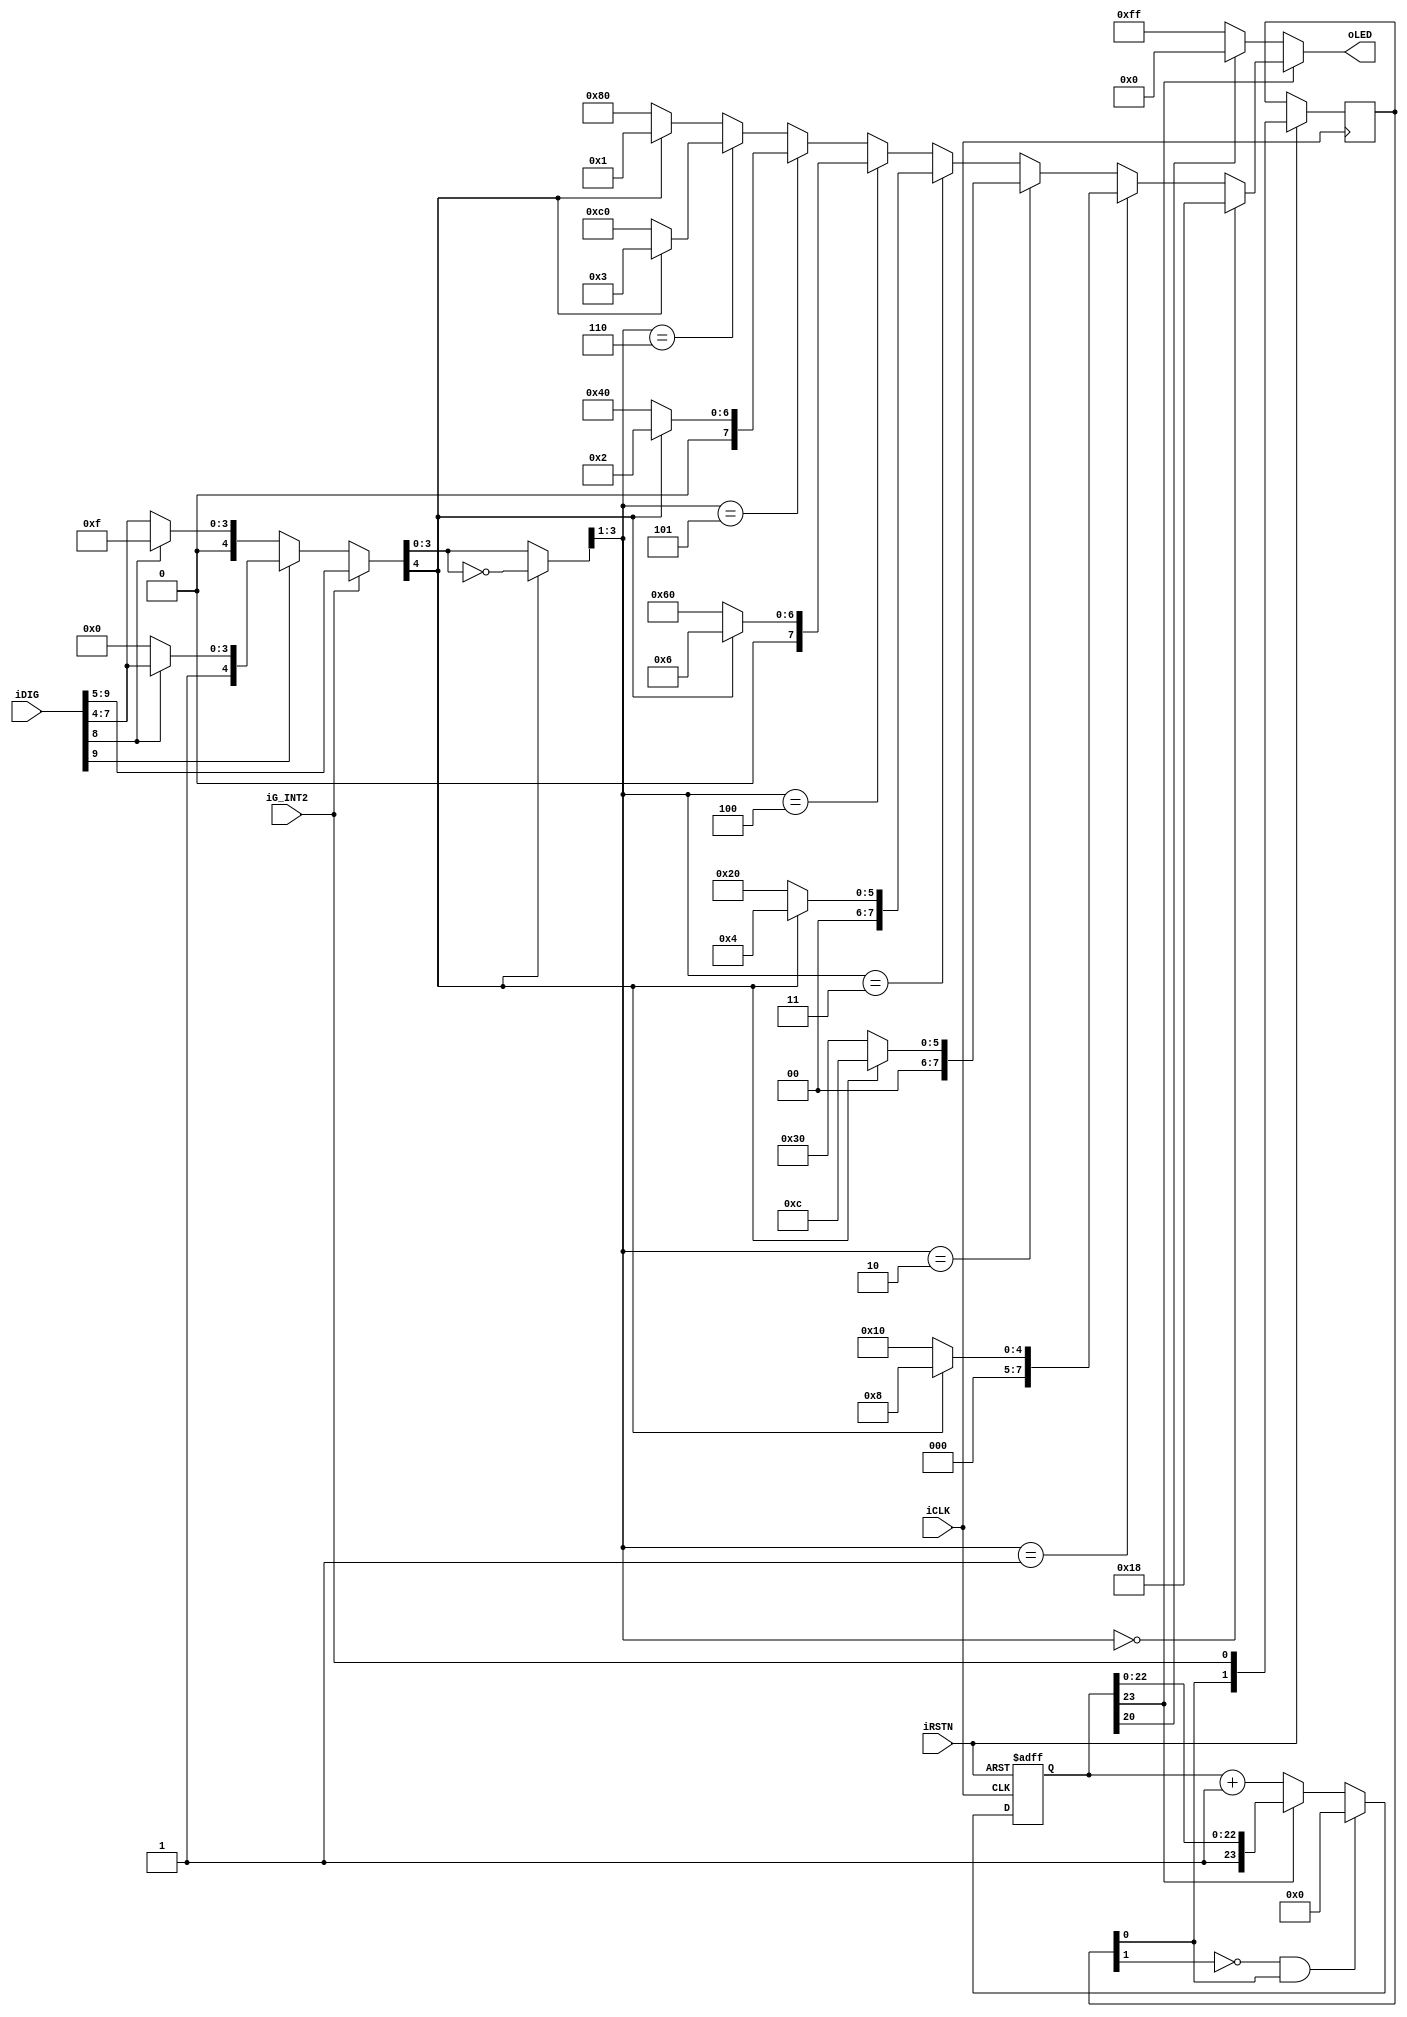
module led_driver (iRSTN, iCLK, iDIG, iG_INT2, oLED);
input				       iRSTN;
input				       iCLK;
input		    [9:0]  iDIG;
input		           iG_INT2;
output	    [7:0]  oLED;

//=======================================================
//  REG/WIRE declarations
//=======================================================
wire				[4:0]  select_data;
wire               signed_bit;
wire				[3:0]  abs_select_high;
reg				  [1:0]  int2_d;
reg	        [23:0] int2_count;
reg	               int2_count_en;

//=======================================================
//  Structural coding
//=======================================================
assign select_data = iG_INT2 ? iDIG[9:5] :  // +-2g resolution : 10-bit
                               (iDIG[9]?(iDIG[8]?iDIG[8:4]:5'h10):(iDIG[8]?5'hf:iDIG[8:4])); // +-g resolution : 9-bit                               
assign signed_bit = select_data[4];
assign abs_select_high = signed_bit ? ~select_data[3:0] : select_data[3:0]; // the negitive number here is the 2's complement - 1

assign oLED = int2_count[23] ? ((abs_select_high[3:1] == 3'h0) ? 8'h18 :
				                        (abs_select_high[3:1] == 3'h1) ? (signed_bit?8'h8:8'h10) :
				                        (abs_select_high[3:1] == 3'h2) ? (signed_bit?8'hc:8'h30) :
				                        (abs_select_high[3:1] == 3'h3) ? (signed_bit?8'h4:8'h20) :
				                        (abs_select_high[3:1] == 3'h4) ? (signed_bit?8'h6:8'h60) :
				                        (abs_select_high[3:1] == 3'h5) ? (signed_bit?8'h2:8'h40) :
				                        (abs_select_high[3:1] == 3'h6) ? (signed_bit?8'h3:8'hc0) :
				                                                         (signed_bit?8'h1:8'h80)):
				                        (int2_count[20] ? 8'h0 : 8'hff); // Activity

always@(posedge iCLK or negedge iRSTN)
	if (!iRSTN)
  begin
    int2_count_en	<= 1'b0;	
    int2_count <= 24'h800000;
  end
	else
	begin
		int2_d <= {int2_d[0], iG_INT2};

		if (!int2_d[1] && int2_d[0])
    begin
      int2_count_en	<= 1'b1;		
	    int2_count <= 24'h0;
	  end
	  else if (int2_count[23])
	  	int2_count_en	<= 1'b0; 	
    else
	  	int2_count <= int2_count + 1;
	end

endmodule